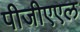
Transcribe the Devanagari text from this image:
पीजीएएल